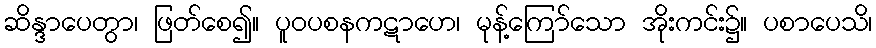
ဆိန္ဒာပေတွာ၊ ဖြတ်စေ၍။ ပူဝပစနကဋာဟေ၊ မုန့်ကြော်သော အိုးကင်း၌။ ပစာပေသိ၊